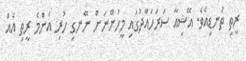
ރީތި ތުނޑިއެވެ. އޭޝިއާ ސަރަހައްދުގައި މީހުންނަށް ނޭނގި ހުރި އެންމެ ރީތި އެއް